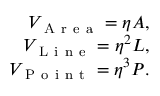
\begin{array} { r } { V _ { \mathrm { ~ A ~ r ~ e ~ a ~ } } = \eta A , } \\ { V _ { \mathrm { ~ L ~ i ~ n ~ e ~ } } = \eta ^ { 2 } L , } \\ { V _ { \mathrm { ~ P ~ o ~ i ~ n ~ t ~ } } = \eta ^ { 3 } P . } \end{array}